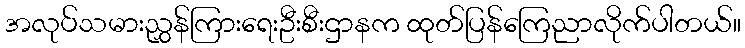
အလုပ်သမားညွှန်ကြားရေးဦးစီးဌာနက ထုတ်ပြန်ကြေညာလိုက်ပါတယ်။